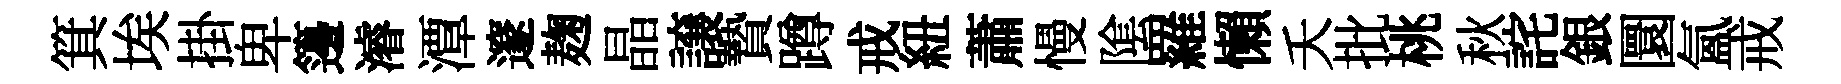
箕埃掛卑籩濬潭邃麹晶譲贄蹲戒紐蕭慢隂羅懶夭批桃秋詫銀圜氲戒